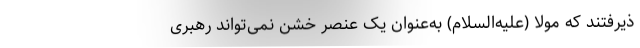
ذیرفتند که مولا (علیه‌السلام) به‌عنوان یک عنصر خشن نمی‌تواند رهبری